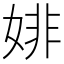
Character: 婔